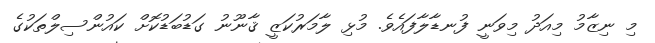
މި ނިޒާމު މިއަދު މިވަނީ ފުނޑާލާފައެވެ. މުޅި ލާމަރުކަޒީ ޤާނޫނު ގަޑުބަޑުކޮށް ކައުންސިލްތަކުގެ